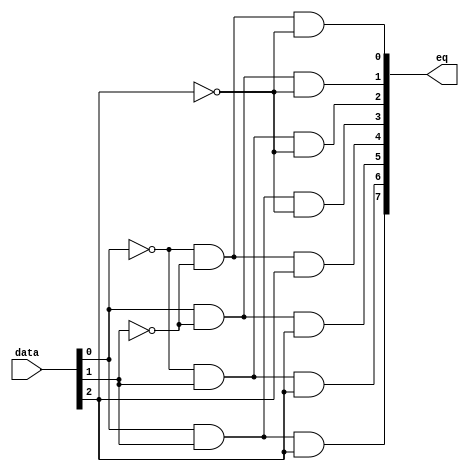
module  element_decode_3to8_decode
	( 
	data,
	eq) /* synthesis synthesis_clearbox=1 */;
	input   [2:0]  data;
	output   [7:0]  eq;
`ifndef ALTERA_RESERVED_QIS
// synopsys translate_off
`endif
	tri0   [2:0]  data;
`ifndef ALTERA_RESERVED_QIS
// synopsys translate_on
`endif

	wire  [2:0]  data_wire;
	wire  [7:0]  eq_node;
	wire  [7:0]  eq_wire;
	wire  [3:0]  w_anode19w;
	wire  [3:0]  w_anode1w;
	wire  [3:0]  w_anode30w;
	wire  [3:0]  w_anode41w;
	wire  [3:0]  w_anode52w;
	wire  [3:0]  w_anode63w;
	wire  [3:0]  w_anode74w;
	wire  [3:0]  w_anode85w;

	assign
		data_wire = data,
		eq = eq_node,
		eq_node = eq_wire[7:0],
		eq_wire = {w_anode85w[3], w_anode74w[3], w_anode63w[3], w_anode52w[3], w_anode41w[3], w_anode30w[3], w_anode19w[3], w_anode1w[3]},
		w_anode19w = {(w_anode19w[2] & (~ data_wire[2])), (w_anode19w[1] & (~ data_wire[1])), (w_anode19w[0] & data_wire[0]), 1'b1},
		w_anode1w = {(w_anode1w[2] & (~ data_wire[2])), (w_anode1w[1] & (~ data_wire[1])), (w_anode1w[0] & (~ data_wire[0])), 1'b1},
		w_anode30w = {(w_anode30w[2] & (~ data_wire[2])), (w_anode30w[1] & data_wire[1]), (w_anode30w[0] & (~ data_wire[0])), 1'b1},
		w_anode41w = {(w_anode41w[2] & (~ data_wire[2])), (w_anode41w[1] & data_wire[1]), (w_anode41w[0] & data_wire[0]), 1'b1},
		w_anode52w = {(w_anode52w[2] & data_wire[2]), (w_anode52w[1] & (~ data_wire[1])), (w_anode52w[0] & (~ data_wire[0])), 1'b1},
		w_anode63w = {(w_anode63w[2] & data_wire[2]), (w_anode63w[1] & (~ data_wire[1])), (w_anode63w[0] & data_wire[0]), 1'b1},
		w_anode74w = {(w_anode74w[2] & data_wire[2]), (w_anode74w[1] & data_wire[1]), (w_anode74w[0] & (~ data_wire[0])), 1'b1},
		w_anode85w = {(w_anode85w[2] & data_wire[2]), (w_anode85w[1] & data_wire[1]), (w_anode85w[0] & data_wire[0]), 1'b1};
endmodule
module element_decode_3to8 (
	data,
	eq0,
	eq1,
	eq2,
	eq3,
	eq4,
	eq5,
	eq6,
	eq7)/* synthesis synthesis_clearbox = 1 */;

	input	[2:0]  data;
	output	  eq0;
	output	  eq1;
	output	  eq2;
	output	  eq3;
	output	  eq4;
	output	  eq5;
	output	  eq6;
	output	  eq7;

	wire [7:0] sub_wire0;
	wire [7:7] sub_wire8 = sub_wire0[7:7];
	wire [6:6] sub_wire7 = sub_wire0[6:6];
	wire [5:5] sub_wire6 = sub_wire0[5:5];
	wire [4:4] sub_wire5 = sub_wire0[4:4];
	wire [3:3] sub_wire4 = sub_wire0[3:3];
	wire [2:2] sub_wire3 = sub_wire0[2:2];
	wire [1:1] sub_wire2 = sub_wire0[1:1];
	wire [0:0] sub_wire1 = sub_wire0[0:0];
	wire  eq0 = sub_wire1;
	wire  eq1 = sub_wire2;
	wire  eq2 = sub_wire3;
	wire  eq3 = sub_wire4;
	wire  eq4 = sub_wire5;
	wire  eq5 = sub_wire6;
	wire  eq6 = sub_wire7;
	wire  eq7 = sub_wire8;

	element_decode_3to8_decode	element_decode_3to8_decode_component (
				.data (data),
				.eq (sub_wire0));

endmodule